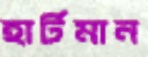
হার্টমান